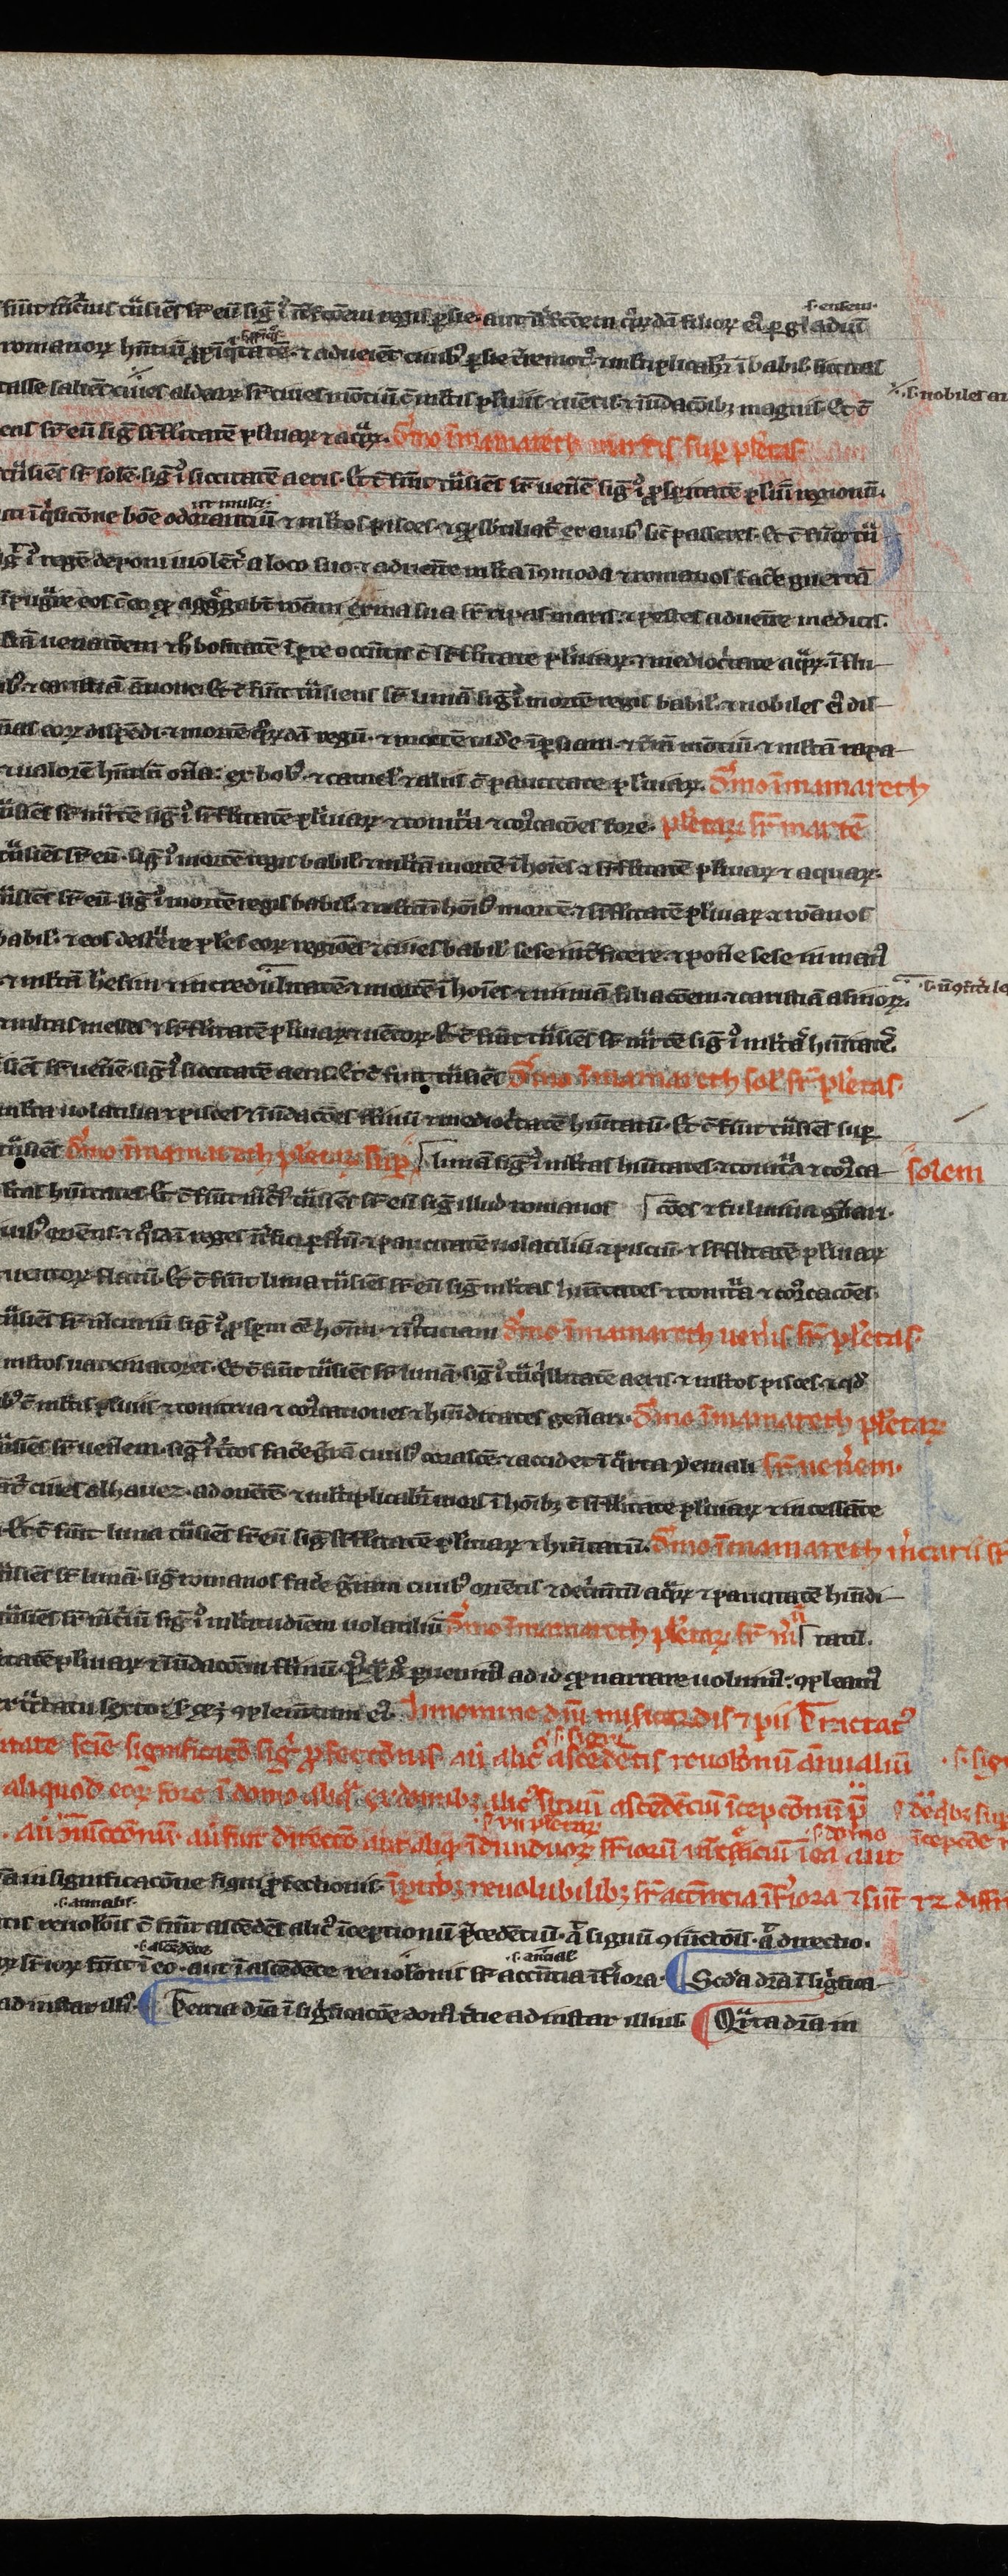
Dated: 1200–1299